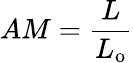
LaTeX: AM={\frac{L}{L_{\mathrm{o}}}}